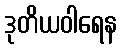
ဒုတိယဝါရေန